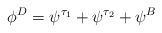
LaTeX: \begin{align*}\phi^D = \psi^{\tau_1} +\psi^{\tau_2} + \psi^B\end{align*}